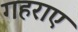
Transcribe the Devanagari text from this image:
गहराए